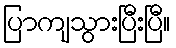
ပြာကျသွားပြီးပြီ။